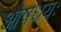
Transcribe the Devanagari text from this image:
ओषधयः